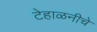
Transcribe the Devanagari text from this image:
टेहाळनीचे